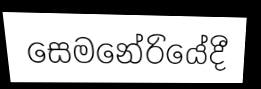
සෙමනේරියේදී